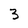
Character: 3